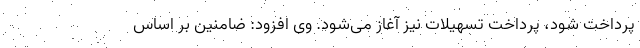
پرداخت شود، پرداخت تسهیلات نیز آغاز می‌شود. وی افزود: ضامنین بر اساس